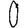
Digit: 0